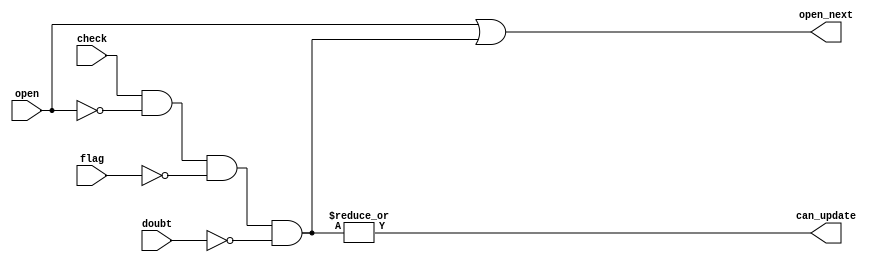
//==================================================================================================
//  Revision      : 
//  Company       : College of Information Science and Electronic Engineering, Zhejiang University
//
//  Description   : update minesweeper pool
//
//
//==================================================================================================
module ms_update(/*autoport*/
//output
			open_next,
			can_update,
//input
			check,
			flag,
			open,
			doubt);
	input[63:0] check,flag,open,doubt;
	output[63:0] open_next;
	output can_update;
	wire[63:0] should_open;
	assign should_open=check&(~open)&(~flag)&(~doubt);
	assign can_update=|(should_open);
	assign open_next=open|should_open;
endmodule